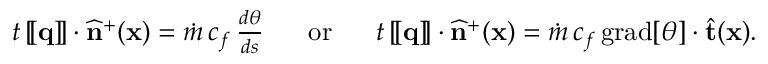
\begin{array} { r } { t \, [ \! [ \mathbf { q } ] \! ] \cdot \widehat { \mathbf { n } } ^ { + } ( \mathbf { x } ) = \dot { m } \, c _ { f } \, \frac { d \theta } { d s } \; \; \; \; \; \; \mathrm { o r } \; \; \; \; \; \; t \, [ \! [ \mathbf { q } ] \! ] \cdot \widehat { \mathbf { n } } ^ { + } ( \mathbf { x } ) = \dot { m } \, c _ { f } \, \mathrm { g r a d } [ \theta ] \cdot \widehat { \mathbf { t } } ( \mathbf { x } ) . } \end{array}